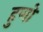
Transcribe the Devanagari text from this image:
हुणो